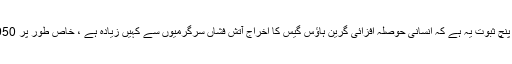
اور قاتل پنچ ثبوت یہ ہے کہ انسانی حوصلہ افزائی گرین ہاؤس گیس کا اخراج آتش فشاں سرگرمیوں سے کہیں زیادہ ہے ، خاص طور پر 1950 سے۔